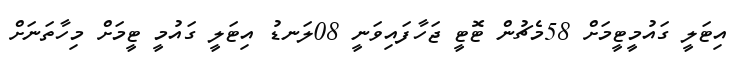
އިޓަލީ ގައުމީޓީމަށް 58މެޗުން ޓޮޓީ ޖަހާފައިވަނީ 08ލަނޑު އިޓަލީ ގައުމީ ޓީމަށް މިހާތަނަށް